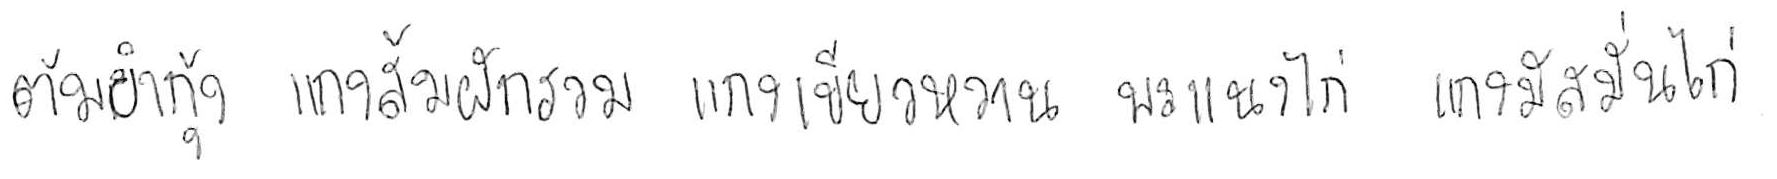
ต้มยำกุ้ง แกงส้มผักรวม แกงเขียวหวาน พะแนงไก่ แกงมัสมั่นไก่